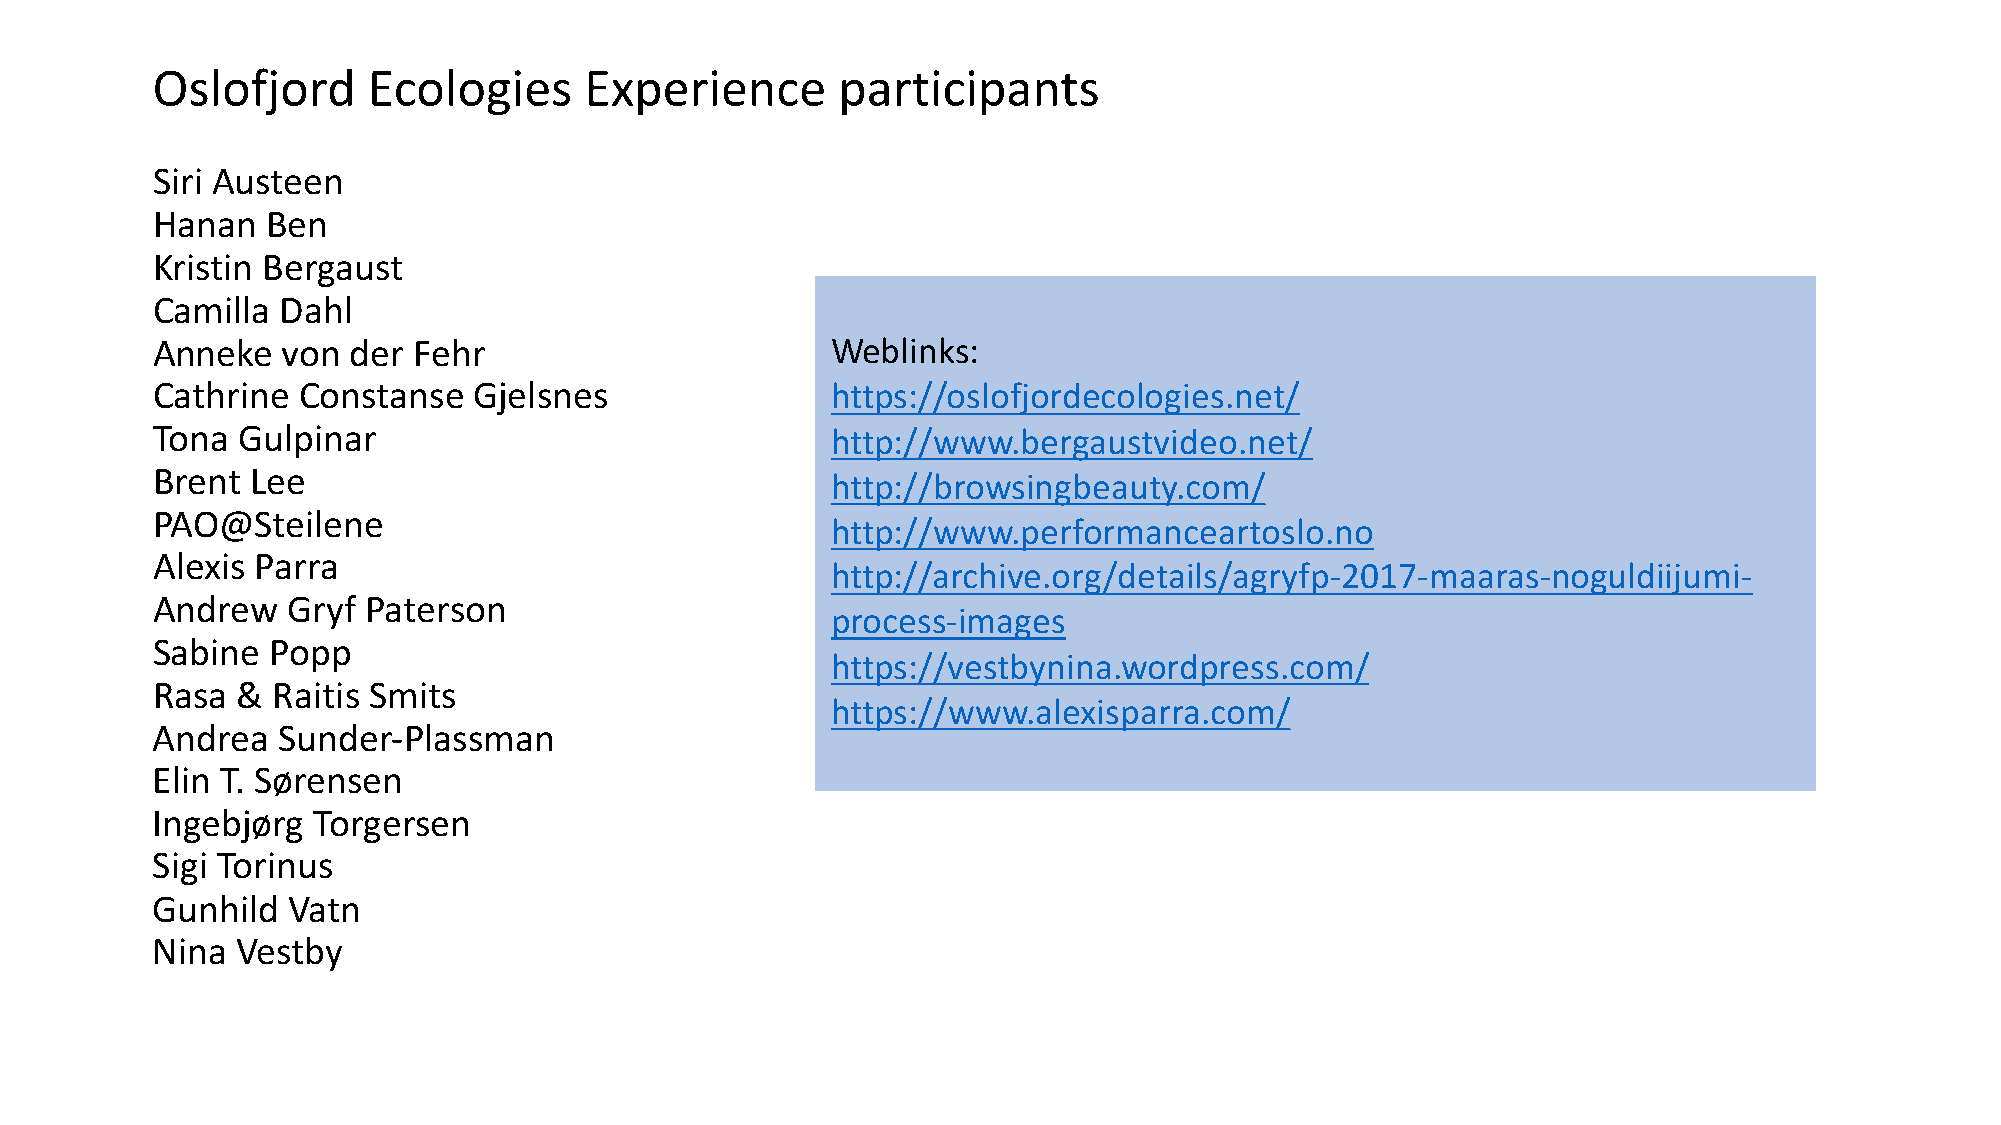
Oslofjord     Ecologies      Experience      participants
 Siri Austeen
 Hanan   Ben
 Kristin Bergaust
 Camilla Dahl
 Anneke   von der Fehr                        Weblinks:
 Cathrine  Constanse  Gjelsnes                https://oslofjordecologies.net/
 Tona  Gulpinar                               http://www.bergaustvideo.net/
 Brent  Lee
 http://browsingbeauty.com/
 PAO@Steilene
 http://www.performanceartoslo.no
 Alexis Parra
 http://archive.org/details/agryfp-­‐2017-­‐maaras-­‐noguldiijumi-­‐
 Andrew   Gryf Paterson
 process-­‐images
 Sabine  Popp
 https://vestbynina.wordpress.com/
 Rasa  & Raitis Smits
 https://www.alexisparra.com/
 Andrea  Sunder-­‐Plassman
 Elin T. Sørensen
 Ingebjørg  Torgersen
 Sigi Torinus
 Gunhild  Vatn
 Nina  Vestby